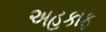
અહકાફ